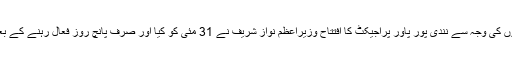
شہباز شریف کی نہ سمجھ میں آنے والی پھرتیوں کی وجہ سے نندی پور پاور پراجیکٹ کا افتتاح وزیراعظم نواز شریف نے 31 مئی کو کیا اور صرف پانچ روز فعال رہنے کے بعد تکنیکی مسائل کی بناءپر اسے بند کر دیا گیا۔